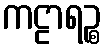
ကဠာရဉ္စ